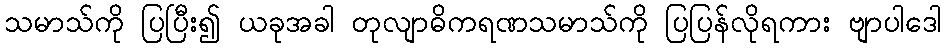
သမာသ်ကို ပြပြီး၍ ယခုအခါ တုလျာဓိကရဏသမာသ်ကို ပြပြန်လိုရကား ဗျာပါဒေါ